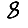
Digit: 8